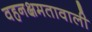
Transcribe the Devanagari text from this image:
वहनक्षमतावाली